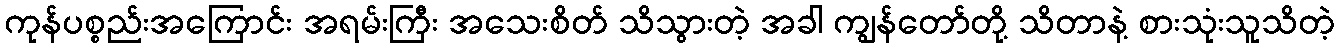
ကုန်ပစ္စည်းအကြောင်း အရမ်းကြီး အသေးစိတ် သိသွားတဲ့ အခါ ကျွန်တော်တို့ သိတာနဲ့ စားသုံးသူသိတဲ့